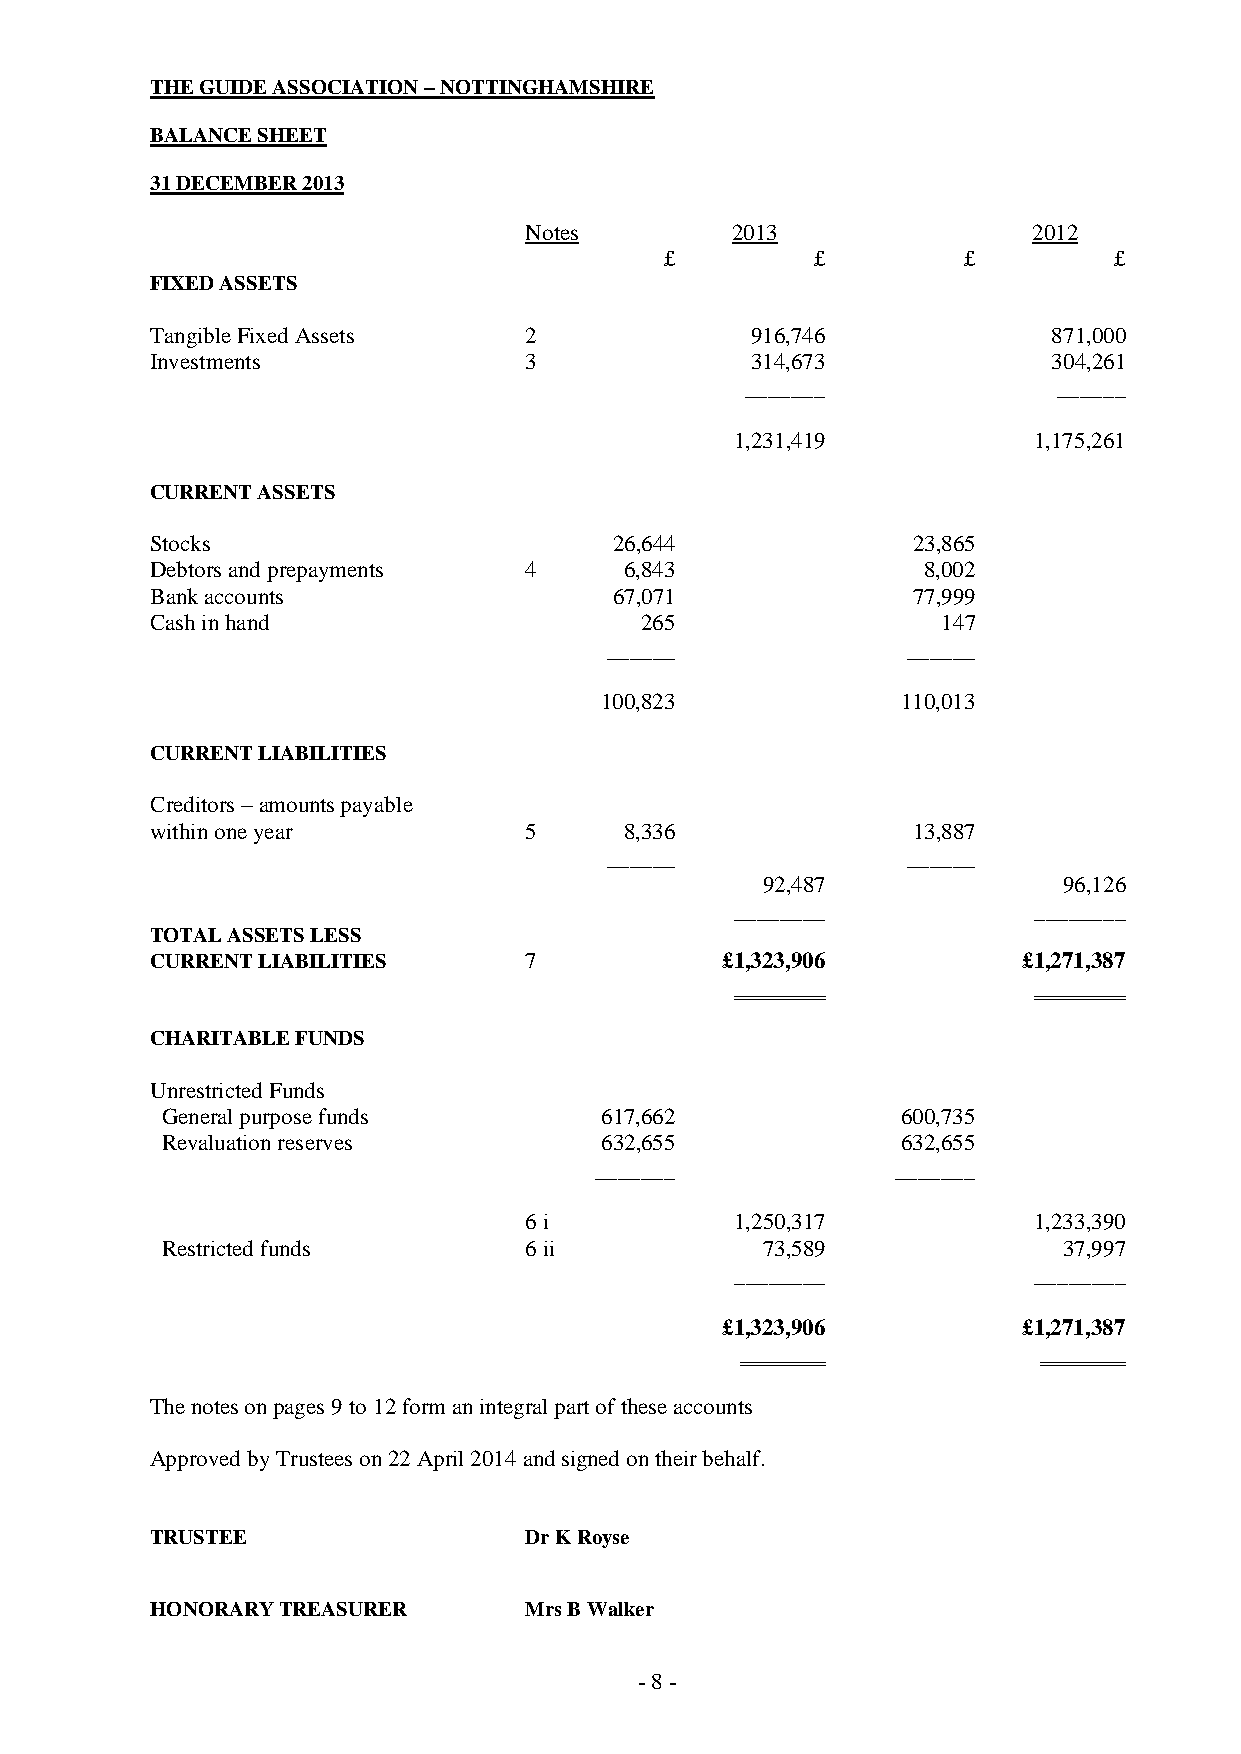
THE GUIDE ASSOCIATION – NOTTINGHAMSHIRE
 BALANCE SHEET
 31 DECEMBER 2013
 Notes        2013                2012
 £         £         £         £
 FIXED ASSETS
 Tangible Fixed Assets    2              916,746             871,000
 Investments              3              314,673             304,261
 _______              ______
 1,231,419          1,175,261
 CURRENT ASSETS
 Stocks                         26,644             23,865
 Debtors and prepayments  4     6,843               8,002
 Bank accounts                  67,071             77,999
 Cash in hand                    265                 147
 ______              ______
 100,823             110,013
 CURRENT LIABILITIES
 Creditors – amounts payable
 within one year          5     8,336              13,887
 ______              ______
 92,487              96,126
 ________           ________
 TOTAL ASSETS LESS
 CURRENT LIABILITIES      7            £1,323,906          £1,271,387
 CHARITABLE FUNDS
 Unrestricted Funds
 General purpose funds        617,662             600,735
 Revaluation reserves         632,655             632,655
 _______             _______
 6 i           1,250,317          1,233,390
 Restricted funds        6 ii           73,589              37,997
 ________           ________
 £1,323,906          £1,271,387
 The notes on pages 9 to 12 form an integral part of these accounts
 Approved by Trustees on 22 April 2014 and signed on their behalf.
 TRUSTEE                  Dr K Royse
 HONORARY TREASURER       Mrs B Walker
 - 8 -